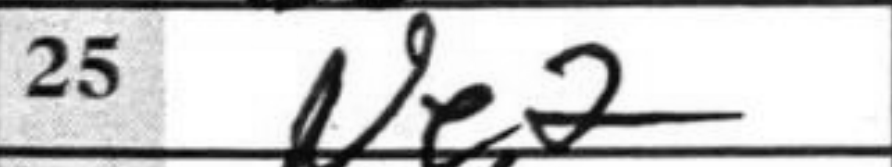
Transcription: Ne2